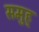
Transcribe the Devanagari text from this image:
समुह्